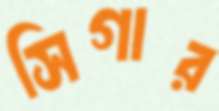
সিগার